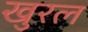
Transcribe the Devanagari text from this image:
खुरल